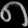
Digit: ၈